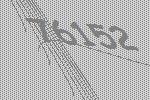
76152